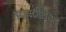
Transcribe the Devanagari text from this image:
इंटरस्टीशियल